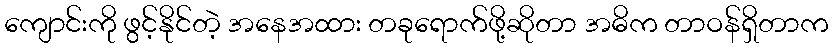
ကျောင်းကို ဖွင့်နိုင်တဲ့ အနေအထား တခုရောက်ဖို့ဆိုတာ အဓိက တာဝန်ရှိတာက